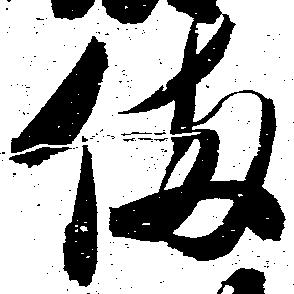
備